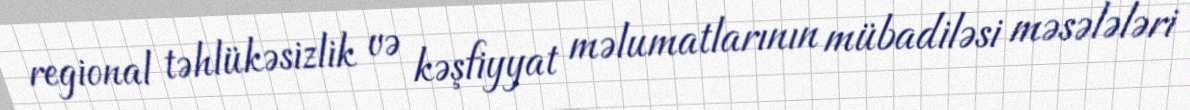
regional təhlükəsizlik və kəşfiyyat məlumatlarının mübadiləsi məsələləri